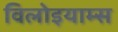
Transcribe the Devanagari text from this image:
विलोइयाम्स